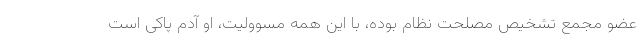
عضو مجمع تشخیص مصلحت نظام بوده، با این همه مسوولیت، او آدم پاکی است